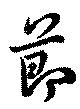
節